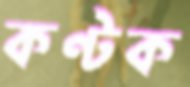
কণ্টক